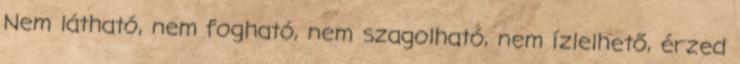
Nem látható, nem fogható, nem szagolható, nem ízlelhető, érzed